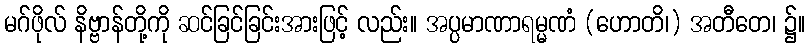
မဂ်ဖိုလ် နိဗ္ဗာန်တို့ကို ဆင်ခြင်ခြင်းအားဖြင့် လည်း။ အပ္ပမာဏာရမ္မဏံ (ဟောတိ၊) အတီတေ၊ ၌။